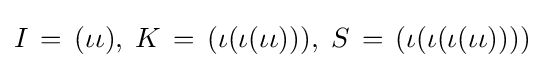
I\,=\,(\iota \iota ),\;K\,=\,(\iota (\iota (\iota \iota ))),\;S\,=\,(\iota (\iota (\iota (\iota \iota ))))